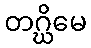
တဂ္ဃိမေ